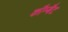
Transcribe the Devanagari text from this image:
कौम्बैट